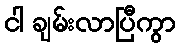
ငါ ချမ်းလာပြီကွာ